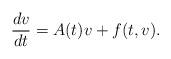
LaTeX: \begin{align*} \frac{dv}{dt} = A(t)v + f(t,v).\end{align*}